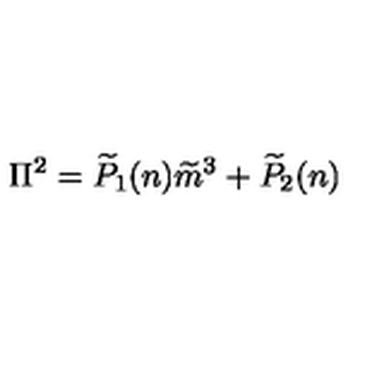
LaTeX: \Pi ^ { 2 } = \widetilde { P } _ { 1 } ( n ) \widetilde { m } ^ { 3 } + \widetilde { P } _ { 2 } ( n )